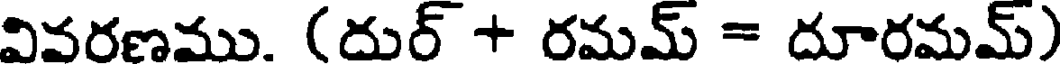
వివరణము. (దుర్ + రమమ్ = దూరమమ్)